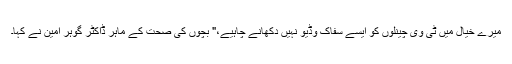
میرے خیال میں ٹی وی چینلوں کو ایسے سفاک وڈیو نہیں دکھانے چاہیے،" بچوں کی صحت کے ماہر ڈاکٹر گوہر امین نے کہا۔